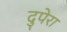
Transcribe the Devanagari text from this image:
दुपेरा